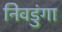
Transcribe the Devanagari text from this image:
निवडुंगा